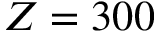
Z = 3 0 0